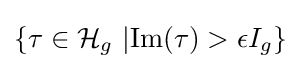
\left\{\tau \in {\mathcal {H}}_{g}\ |{\textrm {Im}}(\tau )>\epsilon I_{g}\right\}